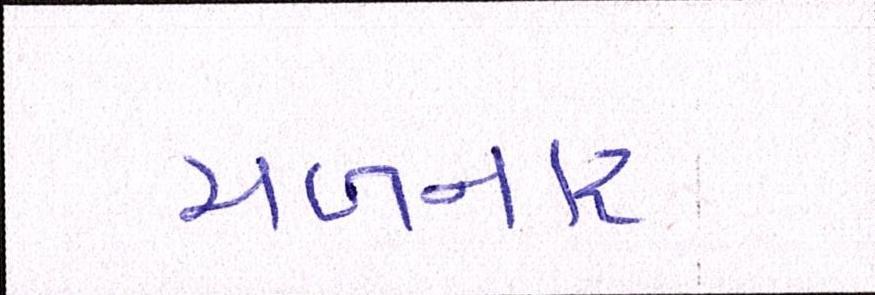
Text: મળનાર